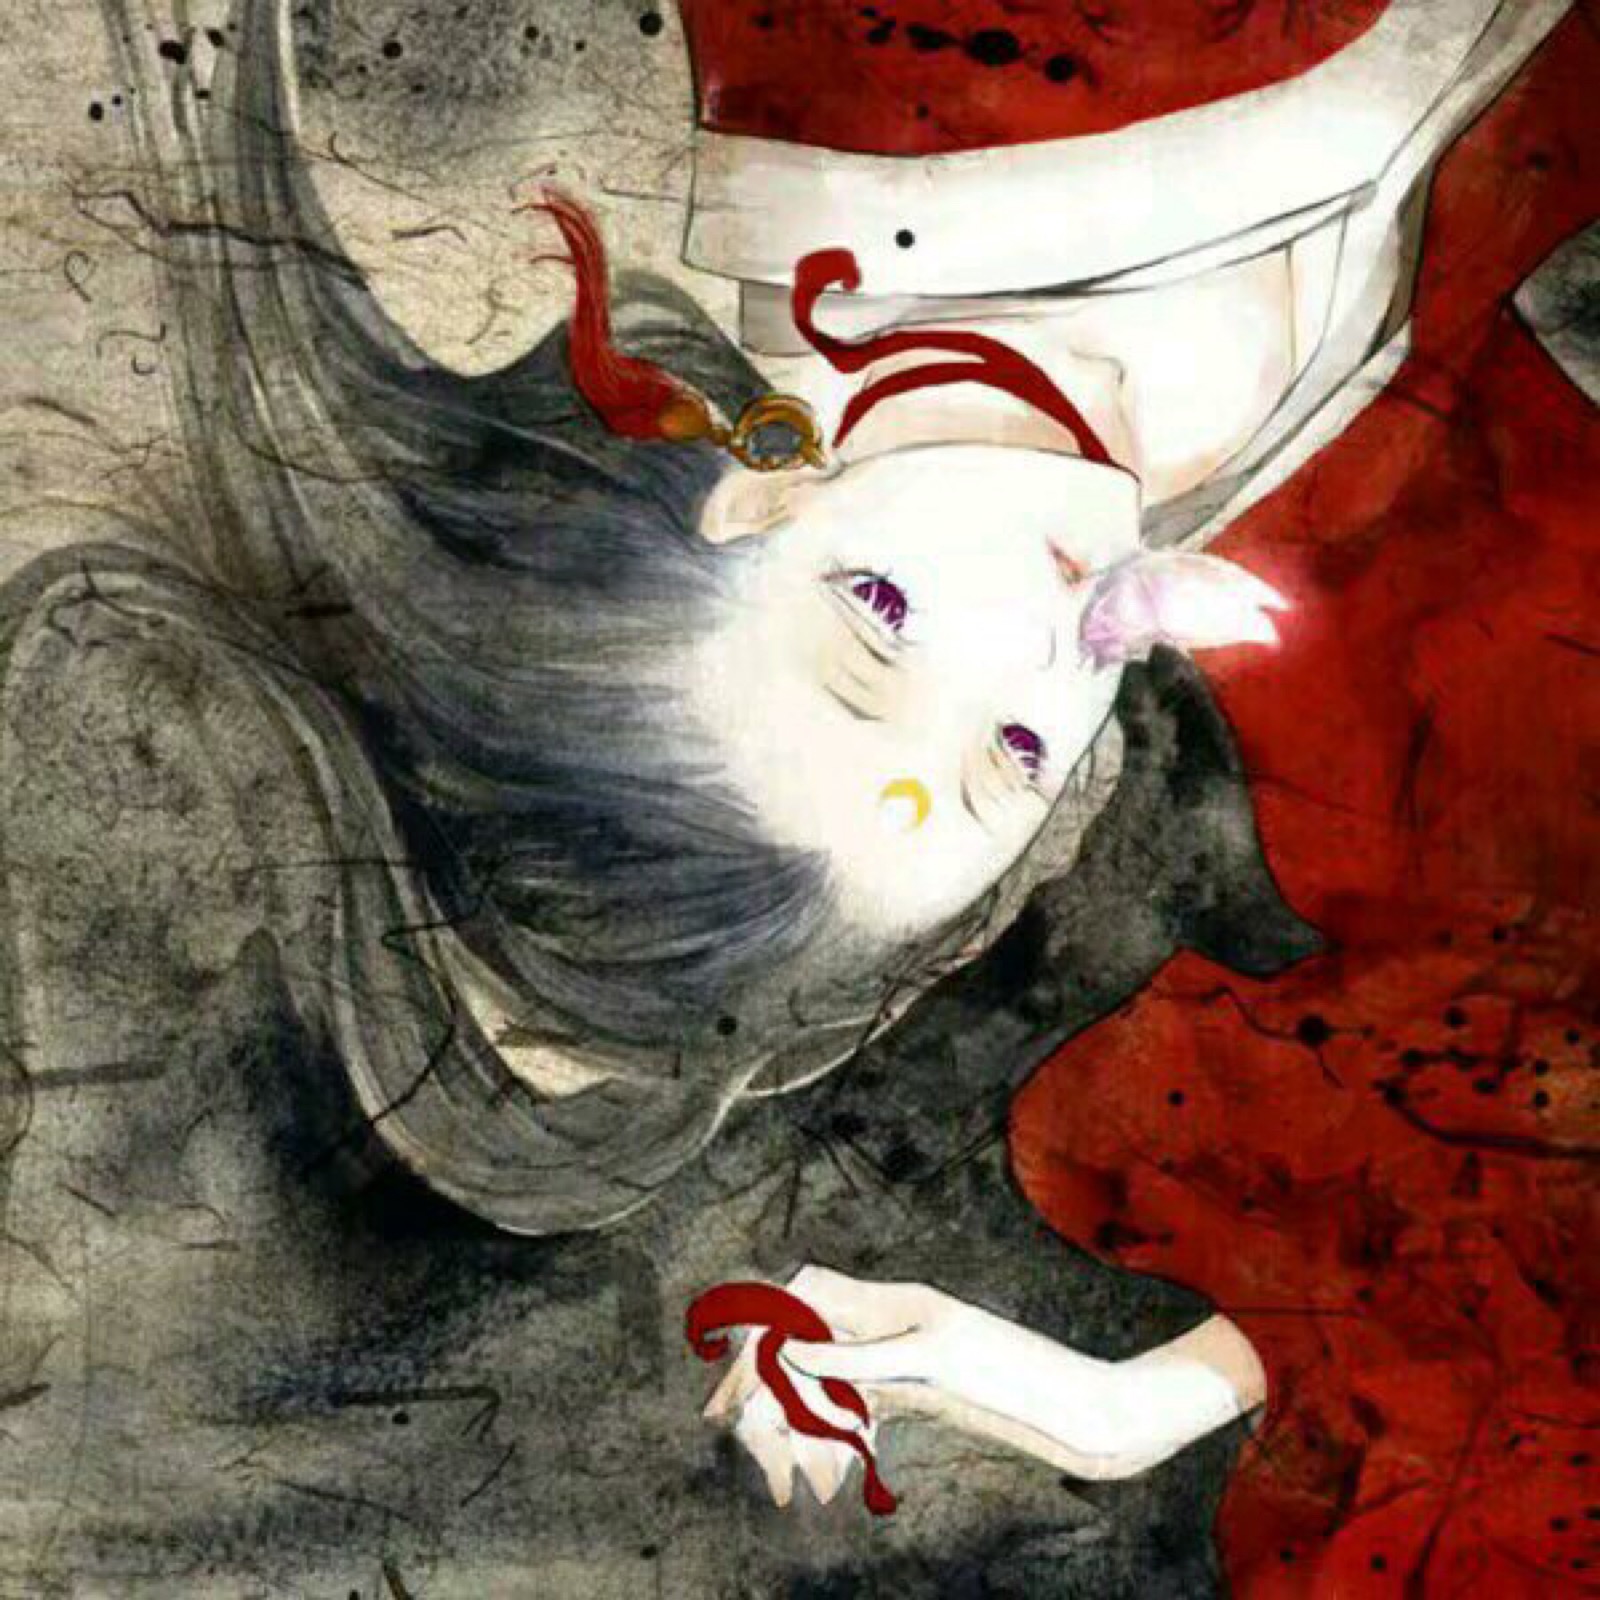
当君怀归日，是妾断肠时。